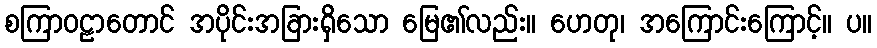
စကြာဝဠာတောင် အပိုင်းအခြားရှိသော မြေ၏လည်း။ ဟေတု၊ အကြောင်းကြောင့်။ ပ။